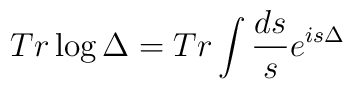
Tr \log\Delta=Tr\int \frac{ds}{s} e^{is\Delta}